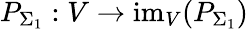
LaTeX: P_{\Sigma_{1}}:V\to\mathrm{im}_{V}(P_{\Sigma_{1}})